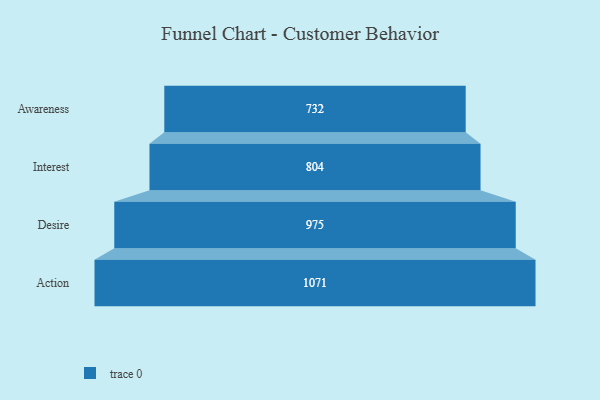
{"axis": {"x": "Stage", "y": "Value"}, "legend": [""], "data": [{"x": "Awareness", "y": 732.0, "type": ""}, {"x": "Interest", "y": 804.0, "type": ""}, {"x": "Desire", "y": 975.0, "type": ""}, {"x": "Action", "y": 1071.0, "type": ""}]}